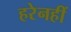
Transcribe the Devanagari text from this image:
हरेनहीं